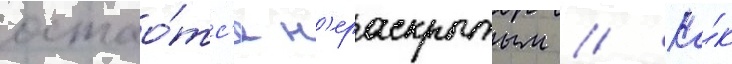
остао́тс'я н'ераскрытым // Ка́к